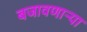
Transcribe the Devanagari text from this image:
बजावणार्‍या